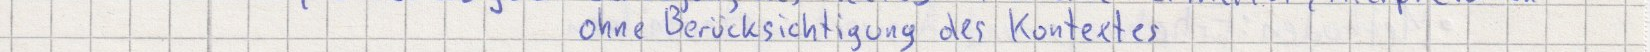
ohne Berücksichtigung des Kontextes